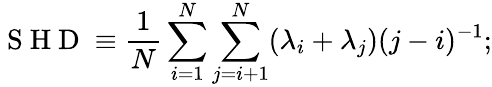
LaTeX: \mathrm{~S~H~D~}\equiv\frac{1}{N}\sum_{i=1}^{N}\sum_{j=i+1}^{N}(\lambda_{i}+\lambda_{j})(j-i)^{-1};